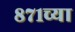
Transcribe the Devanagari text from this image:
८७१च्या